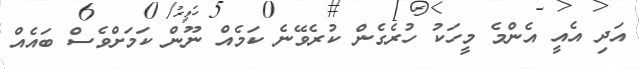
އަދި އެއީ އެންމެ މީހަކު ހުރެގެން ކުރެވޭނެ ކަމެއް ނޫން ކަމަށްވެސް ބައެއް